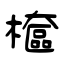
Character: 檶